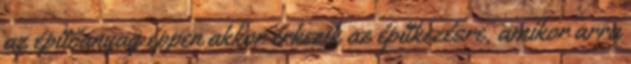
az építőanyag éppen akkor érkezik az építkezésre, amikor arra